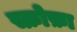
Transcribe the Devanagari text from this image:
स्क्रोफ़ा